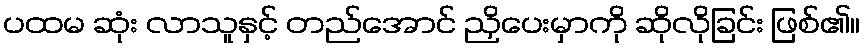
ပထမ ဆုံး လာသူနှင့် တည်အောင် ညှိပေးမှာကို ဆိုလိုခြင်း ဖြစ်၏။